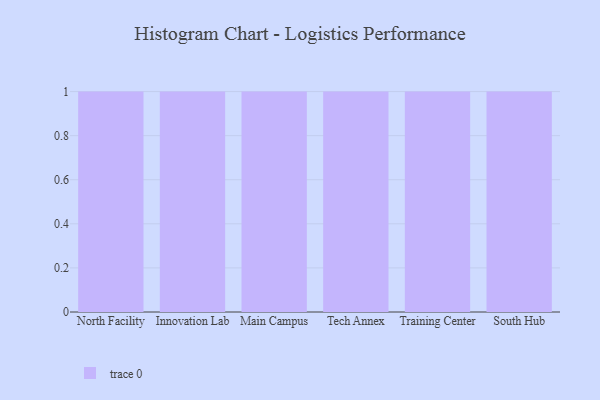
{"axis": {"x": "Campus", "y": "Waste Production (Tons)"}, "legend": [""], "data": [{"x": "North Facility", "y": 55, "type": ""}, {"x": "Innovation Lab", "y": 8, "type": ""}, {"x": "Main Campus", "y": 80, "type": ""}, {"x": "Tech Annex", "y": 87, "type": ""}, {"x": "Training Center", "y": 36, "type": ""}, {"x": "South Hub", "y": 60, "type": ""}]}